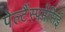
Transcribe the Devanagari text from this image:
पेल्टैंस्पर्मेसिई